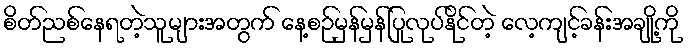
စိတ်ညစ်နေရတဲ့သူများအတွက် နေ့စဉ်မှန်မှန်ပြုလုပ်နိုင်တဲ့ လေ့ကျင့်ခန်းအချို့ကို